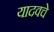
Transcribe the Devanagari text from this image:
यादवचे